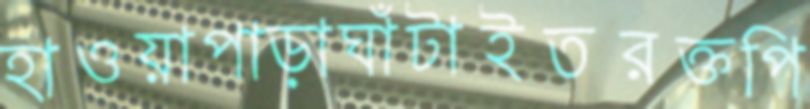
হাওয়াপাড়াঘাঁটাইতরক্তপি